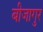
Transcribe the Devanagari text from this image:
बीजागुर